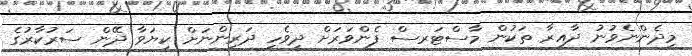
މިދެންނެވުނު ދާއިރާ ތަކުން މާސްޓަރސް ފެންވަރަށް ދިވެހި ދަރިންނަށް ކިޔަވާ ދޭން ސަރުކާރުގެ